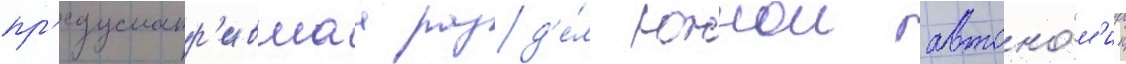
пр'едусматр'ившаа разд'е́л южнои автоно́м'ии